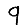
Digit: 9